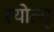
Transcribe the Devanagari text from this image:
रयोत्सू